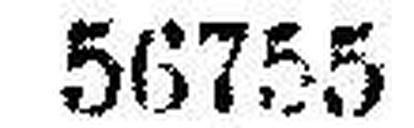
56755